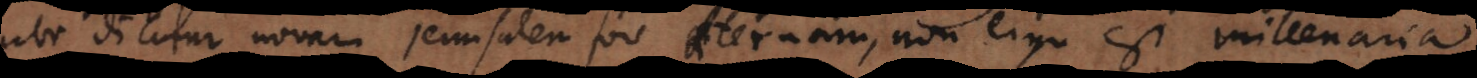
ubi dicitur novam Jerusalem fore aeternam, non ergo est millenaria